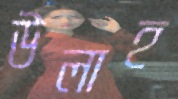
উলাহ